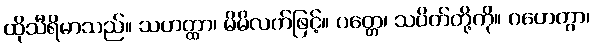
ထိုသီရိမာသည်။ သဟတ္ထာ၊ မိမိလက်ဖြင့်။ ပတ္တေ၊ သပိတ်တို့ကို။ ဂဟေတွာ၊